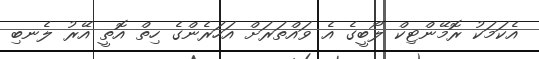
އެކަމަކު ރޮމޭންޓިކް ލޯބީގެ އެ ވައްތަރަށް އަހަރެންގެ ހިތް އޮތީ އޭރު ލެނބި